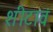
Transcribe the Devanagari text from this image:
शीटावं